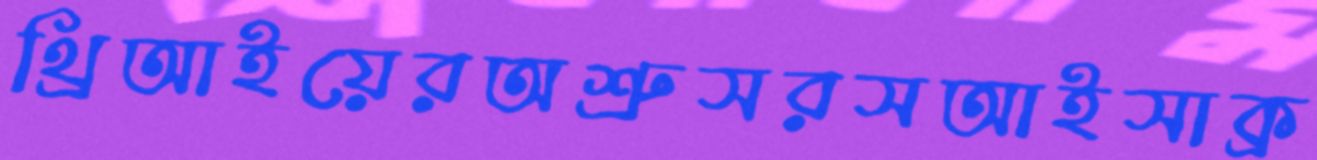
থ্রিআইয়েরঅশ্রুসরসআইসাক্র